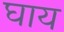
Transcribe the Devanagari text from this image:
घाय